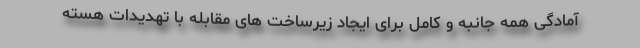
آمادگی همه جانبه و کامل برای ایجاد زیرساخت های مقابله با تهدیدات هسته